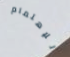
للإهتمام